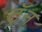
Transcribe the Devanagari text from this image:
ट्रॅन